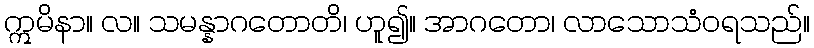
ဣမိနာ။ လ။ သမန္နာဂတောတိ၊ ဟူ၍။ အာဂတော၊ လာသောသံဝရသည်။